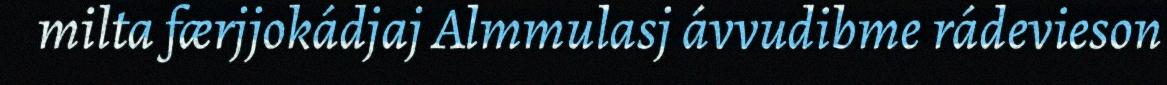
milta færjjokádjaj Almmulasj ávvudibme rádevieson